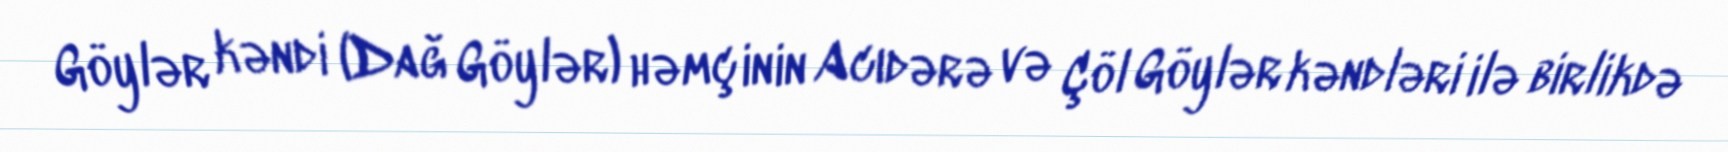
Göylər kəndi (Dağ Göylər) həmçinin Acıdərə və Çöl Göylər kəndləri ilə birlikdə